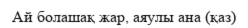
Ай болашақ жар, аяулы ана (қаз)